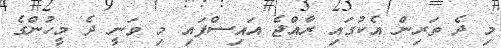
މި ދެ ތަރިން އެކުގައި ރާއްޖެ އައިސްފައި މި ވަނީ ދެ މީހުންގެ